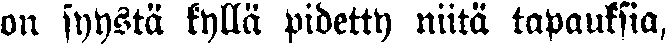
un syystä kyllä pidetty niitä tapauksia,